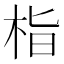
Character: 栺